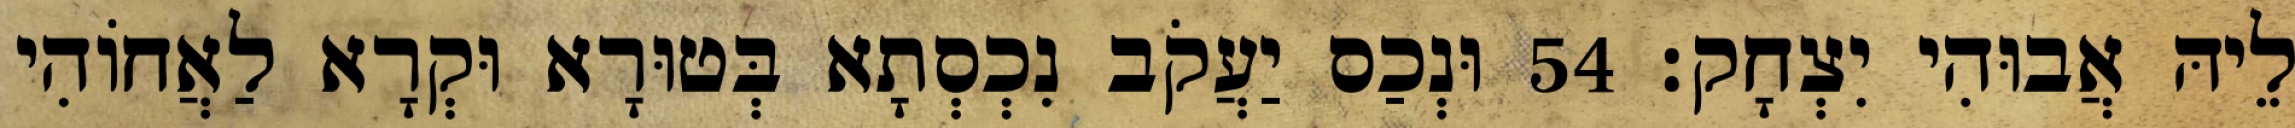
לֵיהּ אֲבוּהִי יִצְחָק׃ 54 וּנְכַס יַעֲקֹב נִכְסְתָא בְּטוּרָא וּקְרָא לַאֲחוֹהִי